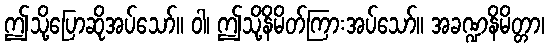
ဤသို့ပြောဆိုအပ်သော်။ ဝါ၊ ဤသို့နိမိတ်ကြားအပ်သော်။ အခဏ္ဍနိမိတ္တာ၊